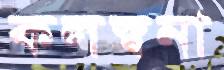
কলস্বনা